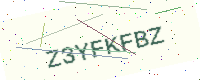
Text: Z3YFKFBZ